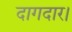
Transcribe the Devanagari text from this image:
दागदार।